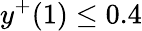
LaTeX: y^{+}(1)\leq 0.4